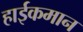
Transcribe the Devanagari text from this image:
हाईकमान